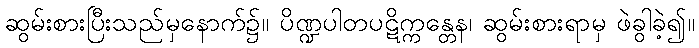
ဆွမ်းစားပြီးသည်မှနောက်၌။ ပိဏ္ဍပါတပဋိက္ကန္တေန၊ ဆွမ်းစားရာမှ ဖဲခွါခဲ့၍။